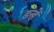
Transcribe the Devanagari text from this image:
डन्हें